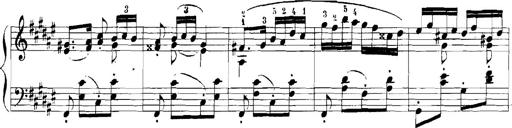
Title: Rhapsodies hongroises
Composer: Franz Liszt